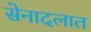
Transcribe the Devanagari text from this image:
सेनादलात